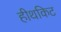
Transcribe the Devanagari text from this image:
हीथकिट